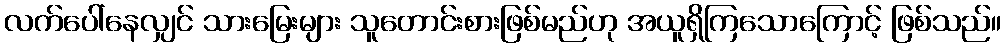
လက်ပေါ်နေလျှင် သားမြေးများ သူတောင်းစားဖြစ်မည်ဟု အယူရှိကြသောကြောင့် ဖြစ်သည်။